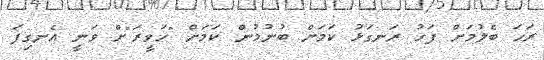
ރަހަ ބެލުމަށް ފަހު ރަނގަޅު ކަމަށް ބުނުމުން ކަމަށް "ހަވީރަ"ށް ވަނީ އެނގިފަ